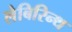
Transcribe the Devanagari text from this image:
लेबिरिन्थ